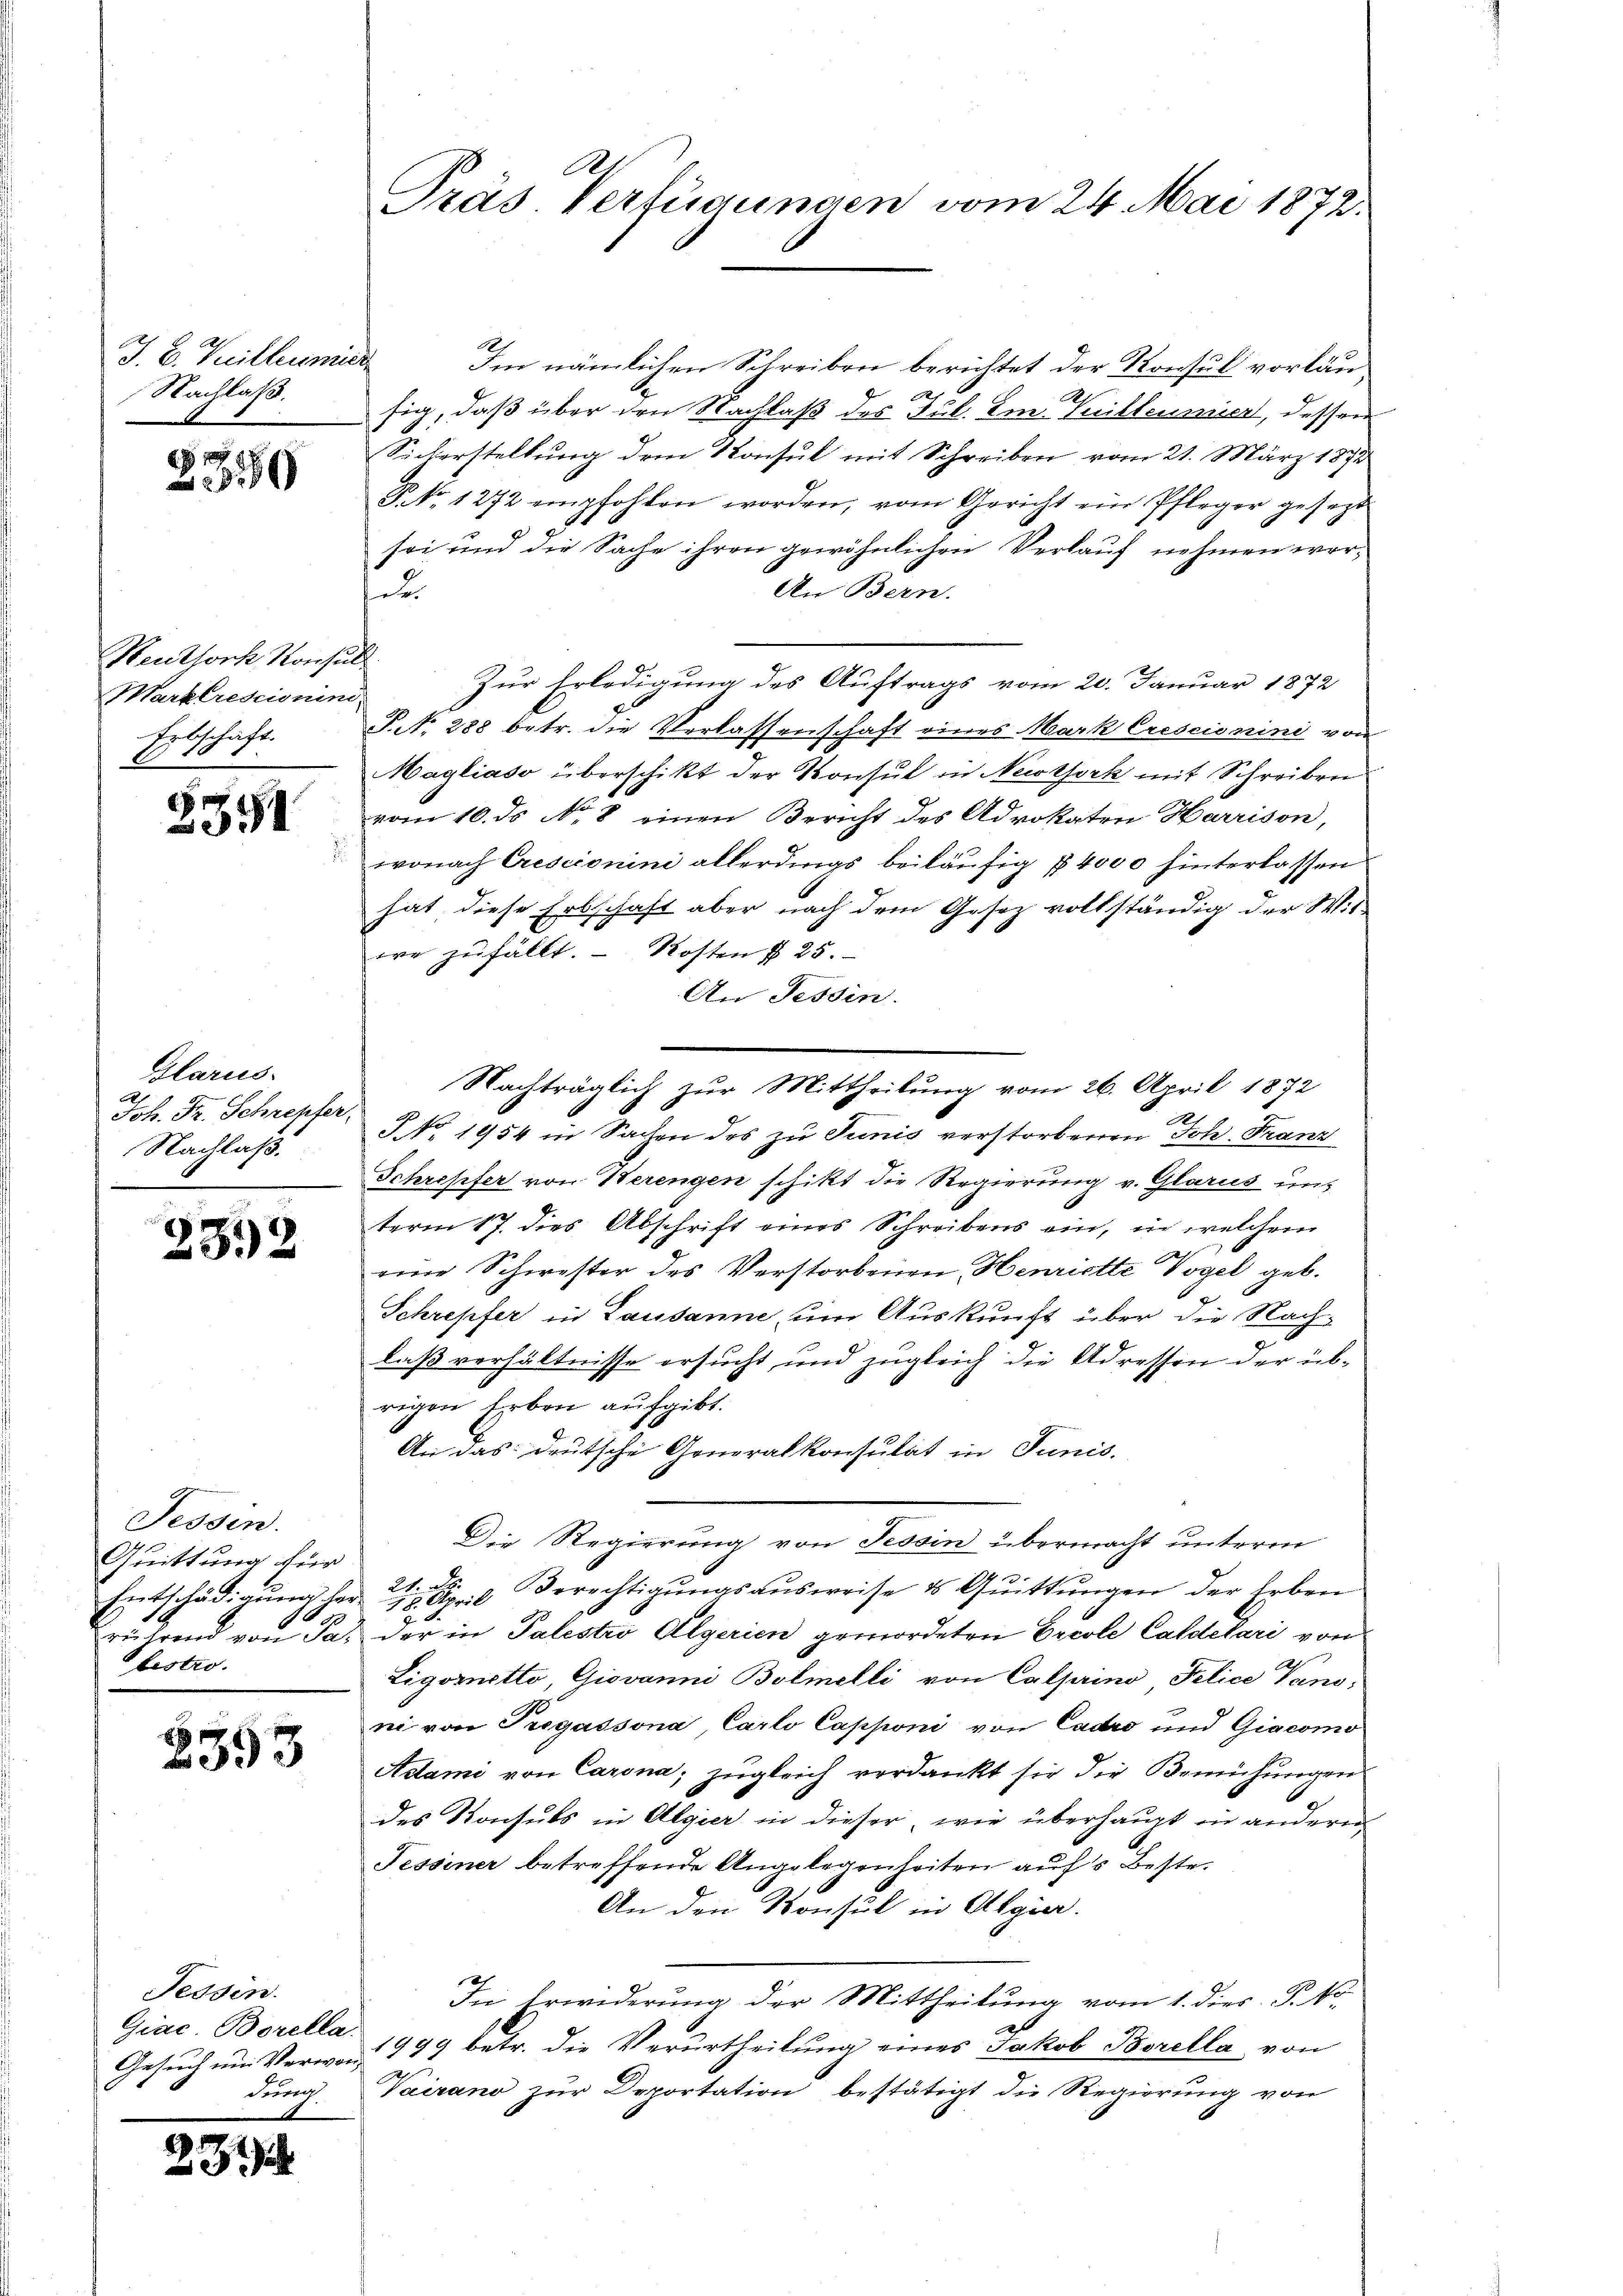
J. B. Willeumier
Nachlaß.

2359

Heuthork, Konsul
Marktrescini
Erbschaft.
7

2351

Glarus.
Joh. Fr. Schrepfer
Nachlaß.

232

Fessen.
Quittung für
Entschädigung der
e
rührend von Sa
bestro

E
393

Fessen.
Giac. Borella.
Gesuch um Voroon,
durch

8

31

A
Präs. Vertigungen vom 24. Mai 1872.

Im nämlichen Schreiben berichtet der Konsul vorläusig, daß über den Nachlaß des Jul. Im Vuilleuser, dessen
Sicherstellung dem Konsul mit Schreiben vom 21. März 1891
D. No 1272 empfohlen worden, vom Gericht ein Pfleger gesezt
sei und die Sache ihren gewöhnlichen Verkauf nehmen wor¬
An Bern.
.
Zur Erledigung des Auftrags vom 20. Januar 1872
PNNo. 288 betr. die Verlassenschaft eines Mark Crescionini von
Magliaso überschikt der Konsul in Newtork mit Schreiben
vom 10. ds No 8 einen Bericht des Advokaten Harrison,
vonach Crescionini allerdings beiläufig § 4000 hinterlassen
hat diese Erbschaft aber nach dem Gesez vollständig der Wit-
ee zufällt. - Kosten § 25.
An Tessin.
No. 1954 in Sachen des zu Junis verstorbenen Joh. Franz
Schröpfer von Herengen schikt die Regierung v. Glarus uns
term 17. dies Abschrift eines Schreibens ein, in welchem
eine Schwester des Verstorbenen Henriette Vogel geb.
Schrepfer in Lausanne, um Auskunft über die Nachlaß verhältnisse ersucht und zugleich die Adresson der üb-
rigen Erben aufgibt.
An das deutsche Generalkonsulat in Junis.
Die Regierung von Tessin übermacht unterm
21. ds.
18. April Berechtigungsausweise es Quittungen der Erben
der in Palestro Algerien gemordeten Ercole Caldetari von
2
Ligoretto, Giovanni Bolmelli von Calprino Pelice Canoni von Tregassona Carlo Capponi von Cadro und Giacomo
Adlami von Carona; zugleich verdankt sie die Bemühungen
des Konsuls in Algier in dieser, wie überhaupt in anderen
Fessiner betreffende Angelegenheiten auf's Beste¬
An den Konsul in Algia.
In Erwiderung der Mittheilung vom 1. dies P. Nr.
1999 betr. die Verurtheilung eines Jakob Borella, von
Vairano zur Deportation bestätigt die Regierung von

Nachträglich zur Mittheilung vom 26. April 1872